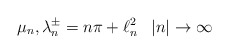
\begin{align*}\mu_n,\lambda_n^\pm= n\pi +\ell^2_n\;\;\; |n|\to \infty\end{align*}